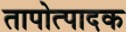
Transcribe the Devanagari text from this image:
तापोत्पादक